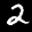
Label: 2